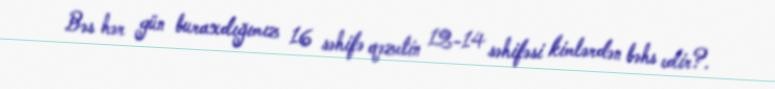
Bəs hər gün buraxdığımız 16 səhifə qəzetin 12-14 səhifəsi kimlərdən bəhs edir?.